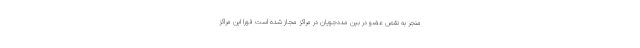
منجر به نقص عضو در بین مددجویان در مراکز مجاز شده است فورا این مراکز